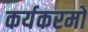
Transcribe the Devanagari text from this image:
कर्यकरमो